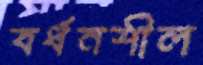
বর্ধনশীল